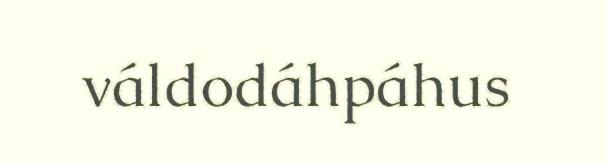
váldodáhpáhus